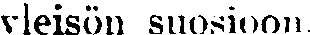
yleisön suosioon.